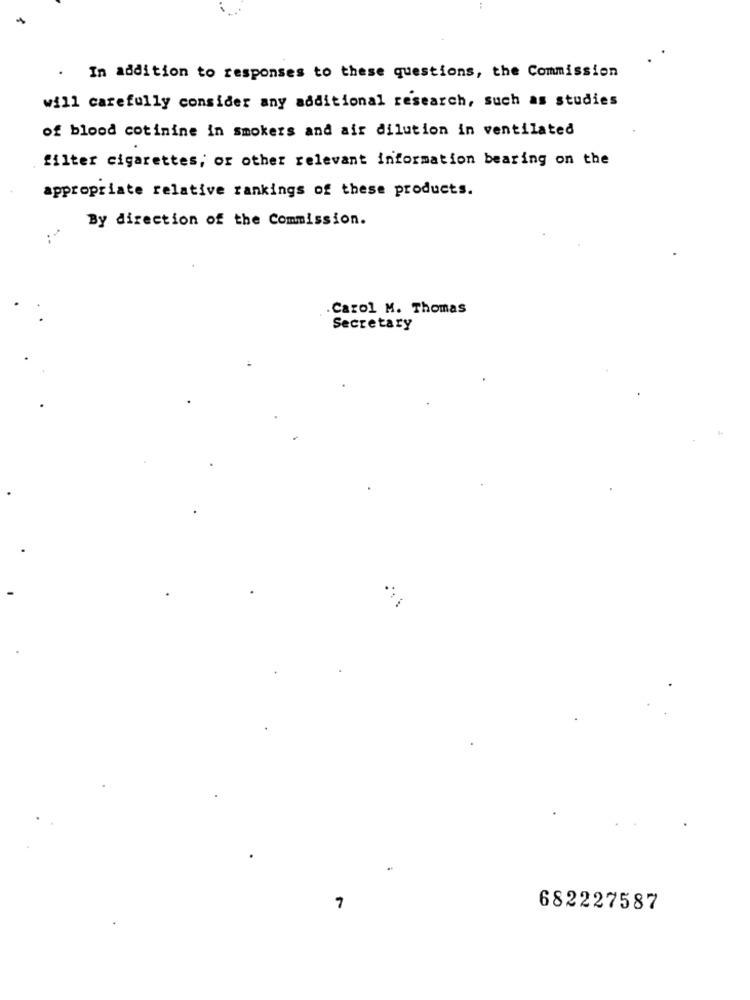
. In addition to responses to these questions, the Commission
will carefully consider any additional research, such as studies
of blood cotinine in smokers and air dilution in ventilated
filter cigarettes, or other relevant information bearing on the
appropriate relative rankings of these products.
By direction of the Commission.
. Carol M. Thomas
Secretary
7
682227587